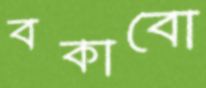
বকাবো